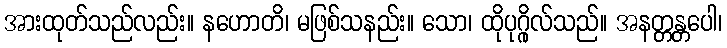
အားထုတ်သည်လည်း။ နဟောတိ၊ မဖြစ်သနည်း။ သော၊ ထိုပုဂ္ဂိုလ်သည်။ အနတ္တန္တပေါ၊